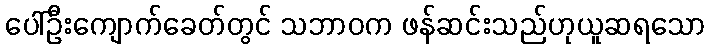
ပေါ်ဦးကျောက်ခေတ်တွင် သဘာဝက ဖန်ဆင်းသည်ဟုယူဆရသော